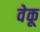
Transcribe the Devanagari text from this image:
वेकू